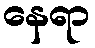
နေရာ